King Institute of Preventive Medicine Micro-Biological Section reports 1909-11
Year: 1909
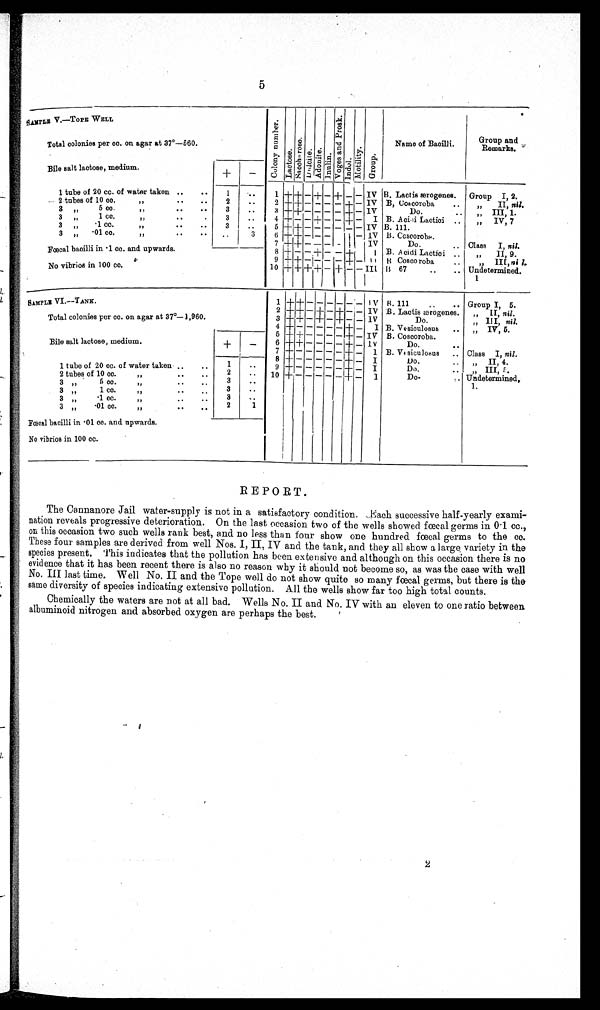
SAMPLE V.—TOPE WELL
C o l o n y n u m b e r .
L a c t o s e .
S a c c h a r o s e .
D u l c i t e . A d o n i t e .
I n n u l i n .
V o g e s a b d P r o s k .
I n d o l .
M o t i l i t y .
G r o u p .
Name of Bacilli.
Group and
Remarks.
Total colonies per cc. on agar at 37°—560.
Bile salt lactose, medium.
+
—
1 tube of 20 cc. of water taken ..
. .
1
..
1
+ — + – + — — IV B. Lactis ærogenes.
Group I, 2.
2 tubes of 10 cc.
.
. . .
2
. . 2
+ + – – – – + – IV B, Coscoroba
...
„
II, nil.
3 „
5 cc.
,,
..
3
..
3
+ + — — — — + — IV
Do.
..
,, III, I.
– I
3 „
1cc.
,,
. .
3
. . 4
+ – – + – – +
B. .Acidi Lactici ..
„
IV, 7 .
3
, , .1cc
, ,
. .
. .
3
. . 5
+ + — — — — — — IV B. 111.
3
, , .01 cc.
, ,
. .
. .
. .
3 6
+ + – – – – – – IV B. Coscoroba.
7 + + – – – – + – IV
Do.
Class
I, nil.
Fœcal bacilli in .1 cc. and upwards.
8 + – – + – – + –
I
..
B. Acidi Lactici ..
„
II, 9.
9 + + – – – – – + – I I B Coscoroba . .
,, III, n i l .
No vibrios in 100 cc.
10 + + +
+
–
+ —
– III
..
„
B 67
..
.. Undetermined.
SAMPLE VI.—TANK.
+
– –
1
+
–
–
B. 111
..
.. Group I, 5.
IV
—
– + – +
—
2
+ +
IV B. Lactis ærogenes.
„
II, nil.
Total colonies per cc. on agar at 37°—1,960.
3
+ + – + – + – – IV
D o .
„ III, nil.
+ – – – – – + — B. Vesiculosus ..
4
I
„ IV, 5.
Bile salt lactose, medium.
+
–
5 + + — — — — + — IV B. Coscoroba.
+ — — —
6 +
— + —
I V
Do.
. .
B. Vesiculosus
.. Class I, nil.
7 +
+ — 1
8
+ – – – - - + –
I
Do.
..
„ II, 4.
1 tube of 20 cc. of water taken
. .
1
. .
9 + — — — — —I+ — I
Do.
I I I , 5 .
2 tubes of 10 cc.
, ,
. .
. .
2
. .
10 + — — — — – 4- —
I
D o .
. .
Undet er mi ned,
3 „
5 cc.
„ . . . .
3
. .
1.
3
, ,
1 cc.
, , . . . .
3
. .
3 , ,
.1 cc.
„
..
..
2
1
3 ,,
.01 CC .
,,
..
..
Fœcal bacilli in .01 cc. and upwards.
No vibrios in 100 cc.
REPORT.
The Cannanore Jail water-supply is not in a satisfactory condition. Each successive half-yearly exami
-
nation reveals progressive deterioration. On the last occasion two of the wells showed faecal germs in 0 . 1 cc.,
on this occasion two such wells rank best, and. no less than four show one hundred faecal germs to the cc.
These four samples are derived from well Nos. I, II, IV and the tank, and they all show a large variety in the
species present. This indicates that the pollution has been extensive and although on this occasion there is no
evidence that it has been recent there is also no reason why it should not become so, as was the case with well
No. III last time. Well No. II and the Tope well do not show quite so many fœcal germs, but there is the
same diversity of species indicating extensive pollution. All the wells show far too high total counts.
Chemically the waters are not at all bad. Wells No. II and No. IV with an eleven to one ratio between
albuminoid nitrogen and absorbed oxygen are perhaps the best.
2